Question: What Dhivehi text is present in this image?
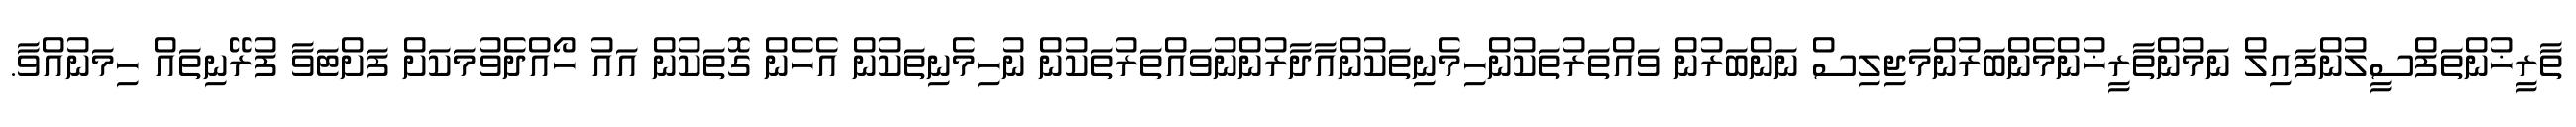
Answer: ތާރީޚުންތަފްސީލުންފައިލް ނަމުންތާރީޚުންމެންބަރުންމަޖިލިސް ނަންބަރުން ވައްތަރުތަކުންހިމެނިތަކުންއާދާރުންނުވައްތަރުތަކުން ނުހިމެނިތަކުން އެހެން ގޮތަކުން އައު ހޯއްދެވުމަކަށް ފަށްޓަވާ ފުރޭނިތައް ހިމަނުއްވާ.